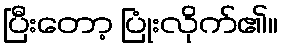
ပြီးတော့ ပြုံးလိုက်၏။